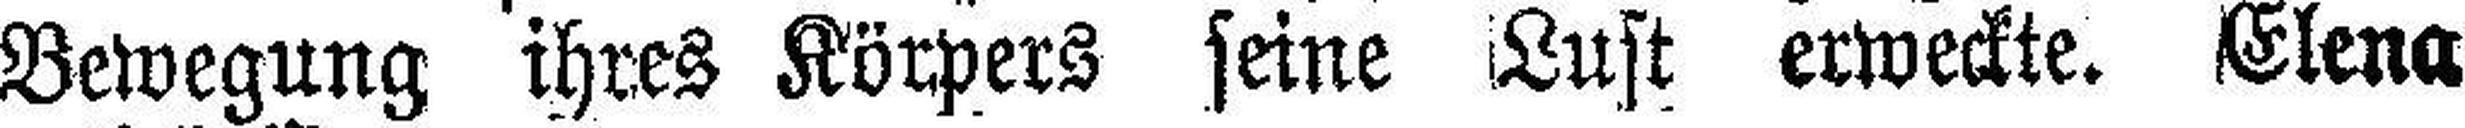
Bewegung ihres Körpers seine Lust erweckte. Elena